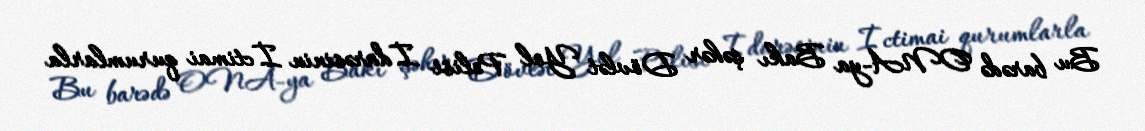
Bu barədə ONA-ya Bakı şəhər Dövlət Yol Polisi İdarəsinin İctimai qurumlarla